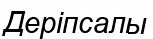
Деріпсалы